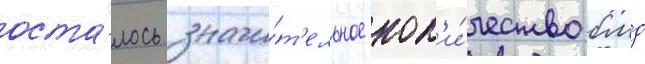
оста́лось значи́т'ельное кол'и́чество бмд